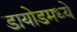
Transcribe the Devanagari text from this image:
डायोडमध्ये